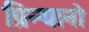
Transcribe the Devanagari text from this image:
प्रिन्यानो